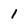
Character: 1